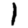
Digit: 1